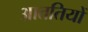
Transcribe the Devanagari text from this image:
आततियों